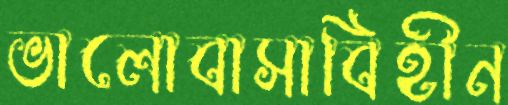
ভালোবাসাবিহীন